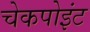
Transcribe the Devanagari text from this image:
चेकपोइंट